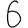
Digit: 6